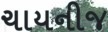
ચાયનીજ